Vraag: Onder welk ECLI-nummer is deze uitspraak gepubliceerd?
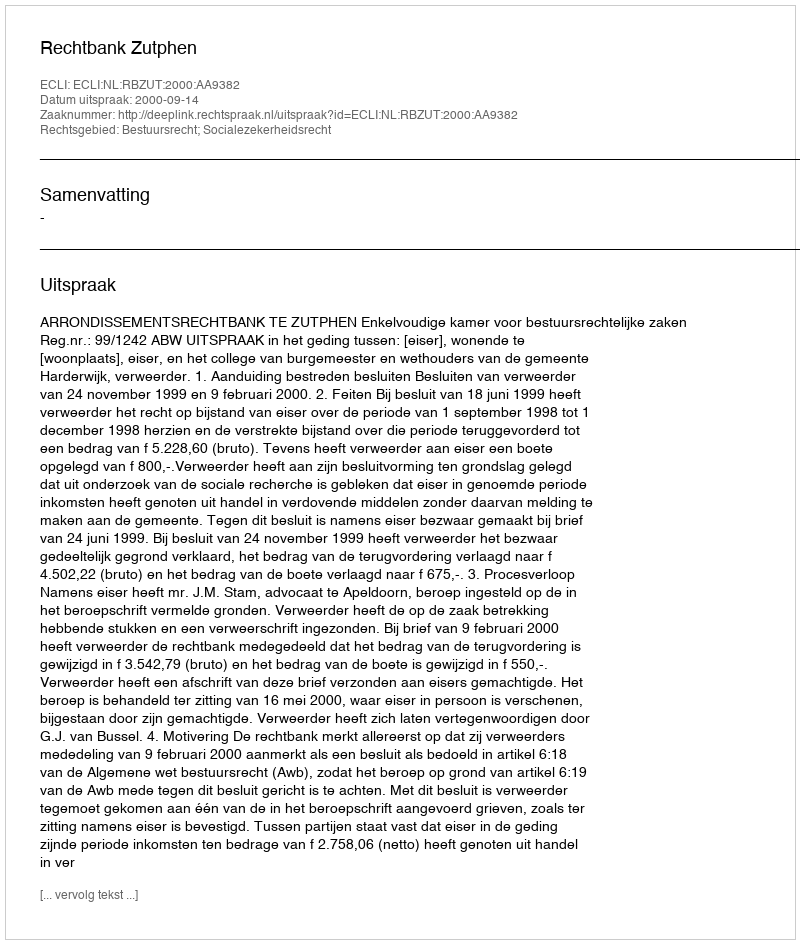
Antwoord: ECLI:NL:RBZUT:2000:AA9382